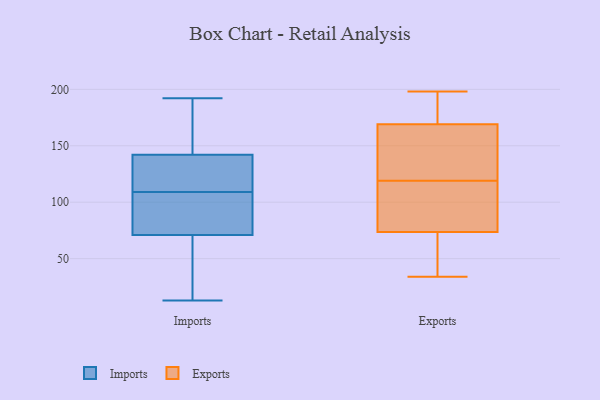
{"axis": {"x": "Demand Index", "y": "Value"}, "legend": ["Exports", "Imports"], "data": [{"x": "", "y": 142, "type": "Imports"}, {"x": "", "y": 85, "type": "Imports"}, {"x": "", "y": 177, "type": "Imports"}, {"x": "", "y": 42, "type": "Imports"}, {"x": "", "y": 71, "type": "Imports"}, {"x": "", "y": 130, "type": "Imports"}, {"x": "", "y": 192, "type": "Imports"}, {"x": "", "y": 88, "type": "Imports"}, {"x": "", "y": 13, "type": "Imports"}, {"x": "", "y": 131, "type": "Imports"}, {"x": "", "y": 118, "type": "Exports"}, {"x": "", "y": 130, "type": "Exports"}, {"x": "", "y": 44, "type": "Exports"}, {"x": "", "y": 198, "type": "Exports"}, {"x": "", "y": 69, "type": "Exports"}, {"x": "", "y": 89, "type": "Exports"}, {"x": "", "y": 43, "type": "Exports"}, {"x": "", "y": 77, "type": "Exports"}, {"x": "", "y": 156, "type": "Exports"}, {"x": "", "y": 167, "type": "Exports"}, {"x": "", "y": 70, "type": "Exports"}, {"x": "", "y": 82, "type": "Exports"}, {"x": "", "y": 184, "type": "Exports"}, {"x": "", "y": 147, "type": "Exports"}, {"x": "", "y": 120, "type": "Exports"}, {"x": "", "y": 171, "type": "Exports"}, {"x": "", "y": 34, "type": "Exports"}, {"x": "", "y": 198, "type": "Exports"}, {"x": "", "y": 113, "type": "Exports"}, {"x": "", "y": 188, "type": "Exports"}]}